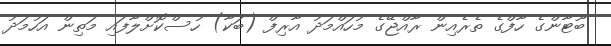
ބޫޓާންގެ ހާފްގެ ތެރެއިން ރާއްޖޭގެ މުހައްމަދު އާރިފް (ބަކާ) ހުސްކޮށްލާފައި މަތިން އަހުމަދު